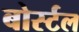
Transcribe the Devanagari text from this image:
बोर्स्टल